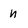
Character: n